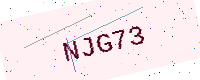
Text: NJG73